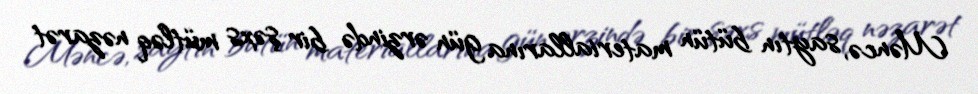
Məncə, saytın bütün materiallarına gün ərzində bir şəxs mütləq nəzarət